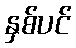
နှစ်ပင်